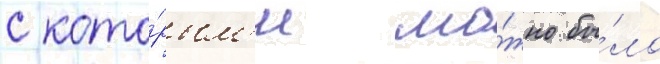
с кото́рым'и мо́жно бы́ло